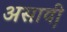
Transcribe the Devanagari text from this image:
असावी़